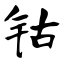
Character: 钴